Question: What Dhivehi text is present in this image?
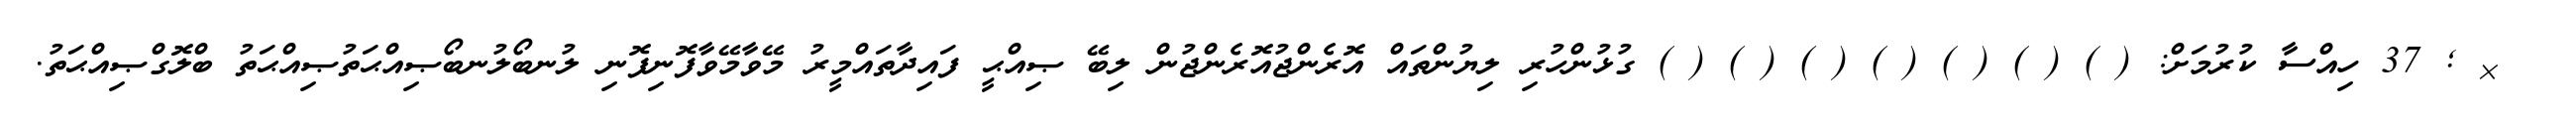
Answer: ? & ; 37 ހިއްސާ ކުރުމަށް: ( ) ( ) ( ) ( ) ( ) ( ) ( ) ގުޅުންހުރި ލިޔުންތައް އޮރެންޖުއޮރެންޖުން ލިބޭ ޞިއްޙީ ފައިދާތައްމީރު މޭވާމޭވާފޮނިފޮނި ލުނބޯލުނބޯޞިއްޙަތުޞިއްޙަތު ބްލޮގްޞިއްޙަތު.